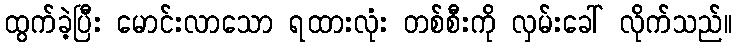
ထွက်ခဲ့ပြီး မောင်းလာသော ရထားလုံး တစ်စီးကို လှမ်းခေါ် လိုက်သည်။